Civil Veterinary Department Bengal reports 1933-51 - 1933-1951
Year: 1933
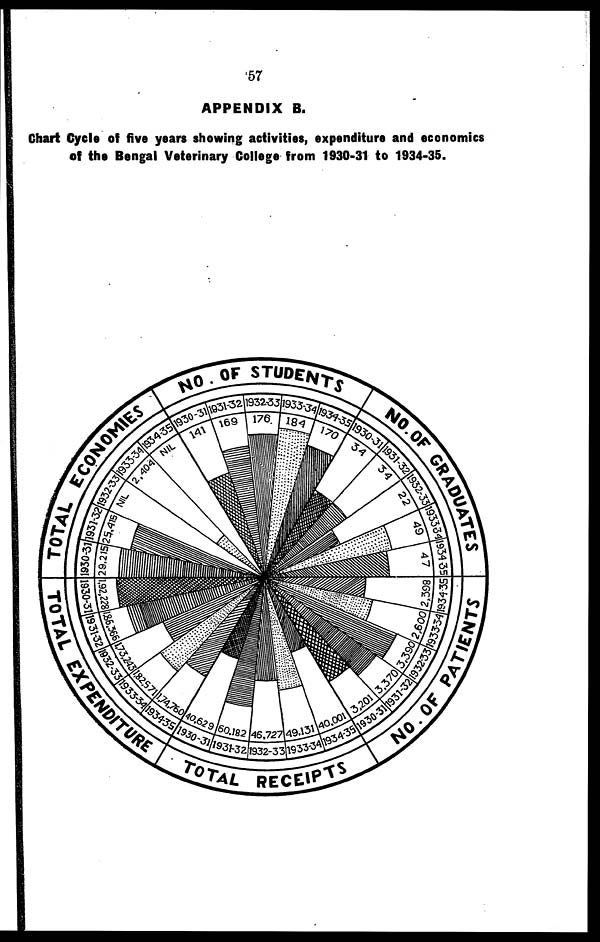
57
APPENDIX B.
Chart Cycle of five years showing activities, expenditure and economics
of the Bengal Veterinary College from 1930-31 to 1934-35.